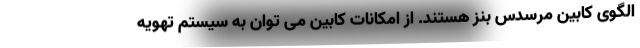
الگوی کابین مرسدس بنز هستند. از امکانات کابین می توان به سیستم تهویه